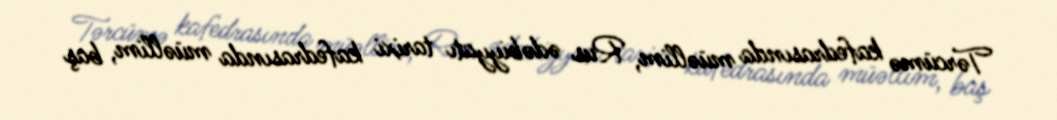
Tərcümə kafedrasında müəllim, Rus ədəbiyyatı tarixi kafedrasında müəllim, baş